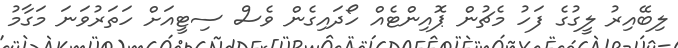
ލިބޭއިރު ލީގުގެ ފަހު މެޗުން ޕޮއިންޓެއް ހޯދައިގެން ވެސް ސިޓީއަށް ހަތަރުވަނަ މަގާމު